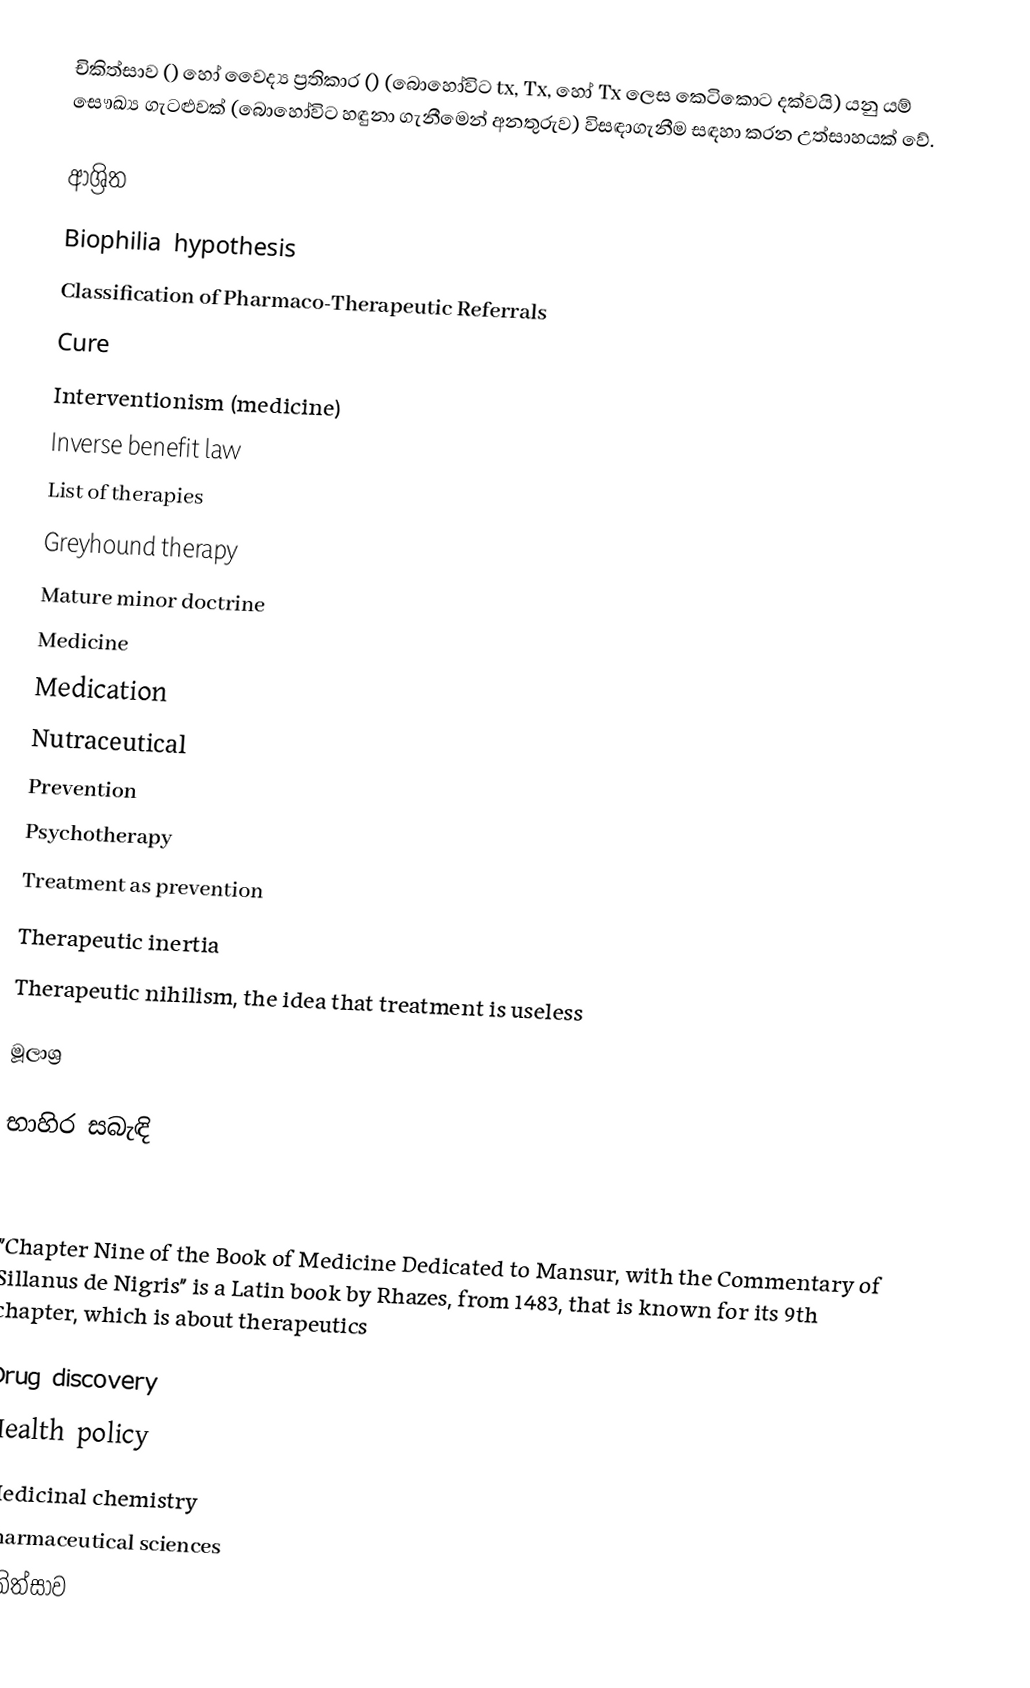
චිකිත්සාව () හෝ වෛද්‍ය ප්‍රතිකාර () (බොහෝවිට tx, Tx, හෝ Tx ලෙස කෙටිකොට දක්වයි) යනු යම් සෞඛ්‍ය ගැටළුවක් (බොහෝවිට හඳුනා ගැනීමෙන් අනතුරුව) විසඳාගැනීම සඳහා කරන උත්සාහයක් වේ.

ආශ්‍රිත
 Biophilia hypothesis
 Classification of Pharmaco-Therapeutic Referrals
 Cure
 Interventionism (medicine)
 Inverse benefit law
 List of therapies
 Greyhound therapy
 Mature minor doctrine
 Medicine
 Medication
 Nutraceutical
 Prevention
 Psychotherapy
 Treatment as prevention
 Therapeutic inertia
 Therapeutic nihilism, the idea that treatment is useless

මූලාශ්‍ර

භාහිර සබැඳි

"Chapter Nine of the Book of Medicine Dedicated to Mansur, with the Commentary of Sillanus de Nigris" is a Latin book by Rhazes, from 1483, that is known for its 9th chapter, which is about therapeutics

Drug discovery
Health policy
Medicinal chemistry
Pharmaceutical sciences
චිකිත්සාව